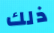
ذلك